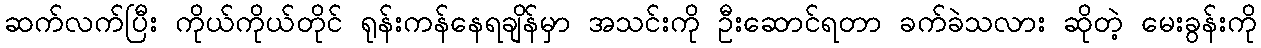
ဆက်လက်ပြီး ကိုယ်ကိုယ်တိုင် ရုန်းကန်နေရချိန်မှာ အသင်းကို ဦးဆောင်ရတာ ခက်ခဲသလား ဆိုတဲ့ မေးခွန်းကို